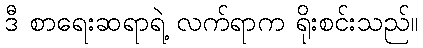
ဒီ စာရေးဆရာရဲ့ လက်ရာက ရိုးစင်းသည်။